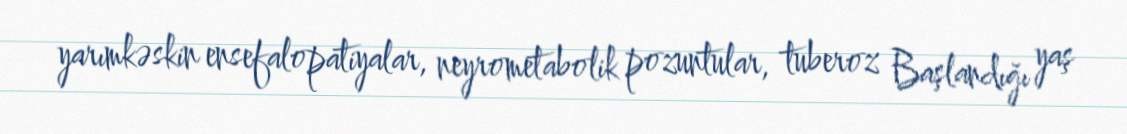
yarımkəskin ensefalopatiyalar, neyrometabolik pozuntular, tuberoz Başlandığı yaş